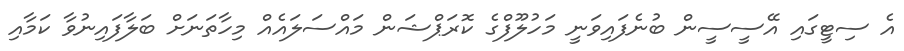
އެ ސިޓީގައި އޭސީސީން ބުނެފައިވަނީ މަހުލޫފްގެ ކޮރަޕްޝަން މައްސަލައެއް މިހާތަނަށް ބަލާފައިނުވާ ކަމާއި